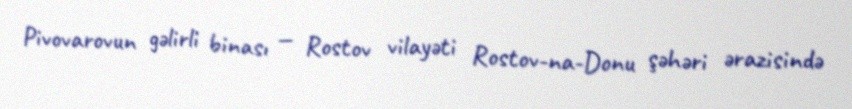
Pivovarovun gəlirli binası — Rostov vilayəti Rostov-na-Donu şəhəri ərazisində